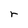
Character: r